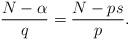
LaTeX: \begin{align*}\frac{N-\alpha}{q}=\frac{N-ps}{p}.\end{align*}